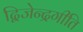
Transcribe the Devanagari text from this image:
द्विजेन्द्रगीति